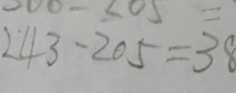
2 4 3 - 2 0 5 = 3 8